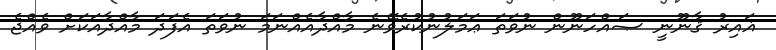
ޣައިރު ޤާނޫނީ ޞައްހަނޫން ނުވަތަ ޢަމަލުނުކުރެވޭނެ މާއްދާއެއްނަމަ ނުވަތަ އެފަދަ މާއްދާއަކަށް ވެއްޖެ